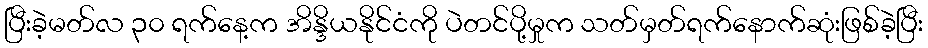
ပြီးခဲ့မတ်လ ၃၀ ရက်နေ့က အိန္ဒိယနိုင်ငံကို ပဲတင်ပို့မှုက သတ်မှတ်ရက်နောက်ဆုံးဖြစ်ခဲ့ပြီး